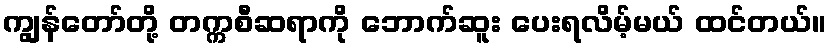
ကျွန်တော်တို့ တက္ကစီဆရာကို ဘောက်ဆူး ပေးရလိမ့်မယ် ထင်တယ်။